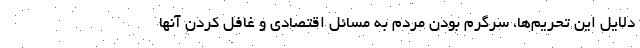
دلایل این تحریم‌ها، سرگرم بودن مردم به مسائل اقتصادی و غافل کردن آنها